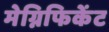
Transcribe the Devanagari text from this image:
मेग्निफिकेंट